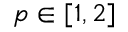
p \in [ 1 , 2 ]